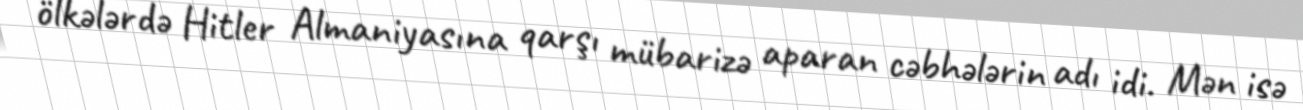
ölkələrdə Hitler Almaniyasına qarşı mübarizə aparan cəbhələrin adı idi. Mən isə